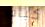
كباب